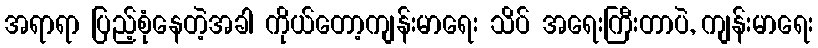
အရာရာ ပြည့်စုံနေတဲ့အခါ ကိုယ်တော့ကျန်းမာရေး သိပ် အရေးကြီးတာပဲ, ကျန်းမာရေး